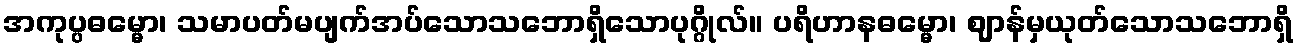
အကုပ္ပဓမ္မော၊ သမာပတ်မပျက်အပ်သောသဘောရှိသောပုဂ္ဂိုလ်။ ပရိဟာနဓမ္မော၊ ဈာန်မှယုတ်သောသဘောရှိ